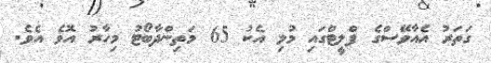
ގަތަރު އެއާވޭސްގެ ފްލީޓްގައި މުޅި އެކު 65 މަތިންދާބޯޓު މިހާރު އޮވެ އެވެ.